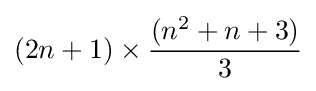
\displaystyle (2n+1)\times {(n^{2}+n+3) \over 3}